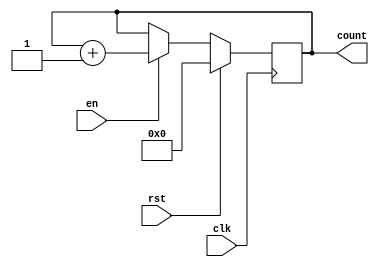
module IncrementalCounter #(parameter WIDTH = 8, // Bit-width of the counter
                            parameter RESET_VALUE = 8'b00000000 // Default reset value
                            ) (
    input wire clk,
    input wire rst,
    input wire en,
    output reg [WIDTH-1:0] count // Current count value
);

    // Synchronous reset and counting logic
    always @(posedge clk) begin
        if (rst) begin
            count <= RESET_VALUE; // Reset to the predefined value
        end else if (en) begin
            count <= count + 1; // Increment the count
        end
    end

endmodule